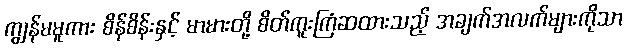
ကျွန်မမူကား စိန်စိန်းနှင့် မာမားတို့ စိတ်ကူးကြံဆထားသည့် အချက်အလက်များကိုသာ